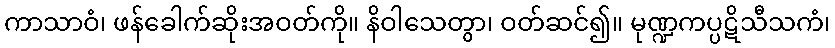
ကာသာဝံ၊ ဖန်ခေါက်ဆိုးအဝတ်ကို။ နိဝါသေတွာ၊ ဝတ်ဆင်၍။ မုဏ္ဍကပ္ပဋိသီသကံ၊